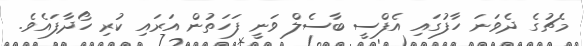
މެޗުގެ ދެވަނަ ހާފުގައި އެފްސީ ބާސެލް ވަނީ ފަހަތުން އަރައި ކުރި ހޯދާފައެވެ.